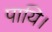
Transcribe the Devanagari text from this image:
पायि।